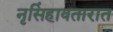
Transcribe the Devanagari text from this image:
नृसिंहावतारात